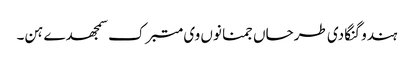
ہندو گنگا دی طرحاں جمنا نوں وی متبرک سمجھدے ہن۔